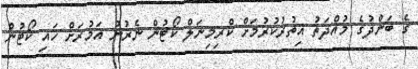
ގެ ބަންދުގެ މުއްދަތު އިތުރުކުރުމަށް ކްރިމިނަލް ކޯޓުން ނެރުނު އަމުރަށް ހައި ކޯޓުން